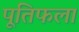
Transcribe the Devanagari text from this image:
पूतिफला